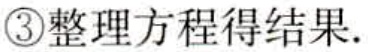
\textcircled{3}整理方程得结果.